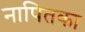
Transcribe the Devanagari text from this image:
नापितका